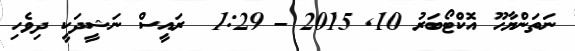
ނަތަންޔާހޫ އޮކްޓޯބަރު 10